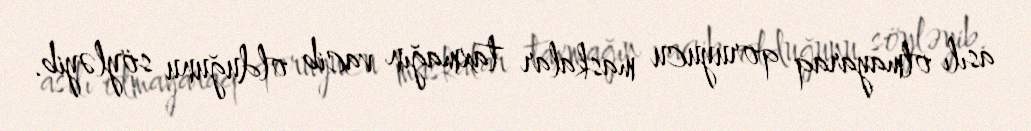
asılı olmayaraq qoruyucu maskalar taxmağın vacib olduğunu söyləyib.